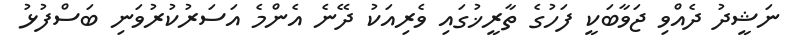
ނަޝީދު ދެއްވި ޖަވާބަކީ ފަހުގެ ތާރީޚުގައި ވެރިއަކު ދޭނެ އެންމެ އަސަރުކުރުވަނި ބަސްފުޅު